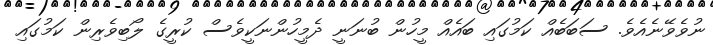
ނުވެވޭނެއެވެ. ސަބަބެއް ކަމުގައި ބައެއް މީހުން ބުނަނީ ދެމީހުންނަކީވެސް ކުރީގެ ލޯބިވެރިން ކަމުގައި